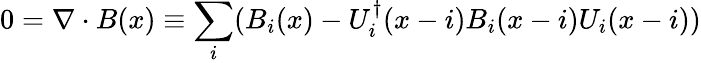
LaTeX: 0=\nabla\cdot B(x)\equiv\sum_{i}(B_{i}(x)-U_{i}^{\dagger}(x-i)B_{i}(x-i)U_{i}(x-i))